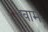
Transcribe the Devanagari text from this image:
ख़ाम